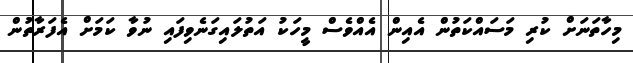
މިހާތަނަށް ކުރި މަސައްކަތުން އެއިން އެއްވެސް މީހަކު އަތުލައިގަނެވިފައި ނުވާ ކަމަށް އެފަރާތުން